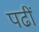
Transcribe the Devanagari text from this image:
पढीं